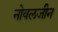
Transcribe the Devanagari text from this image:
नोवलजीन